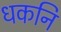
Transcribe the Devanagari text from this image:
धकनि